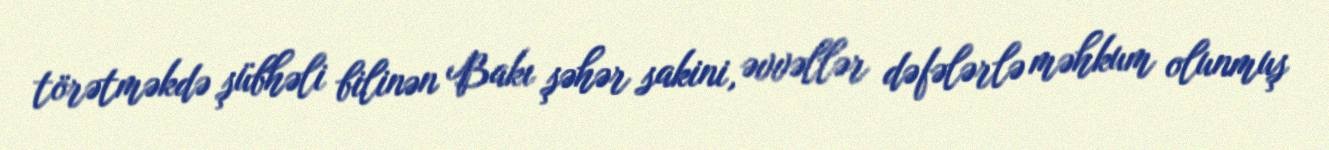
törətməkdə şübhəli bilinən Bakı şəhər sakini, əvvəllər dəfələrlə məhkum olunmuş